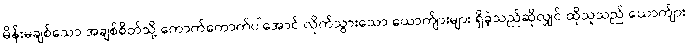
မိန်းမချစ်သော အချစ်စိတ်သို့ ကောက်ကောက်ပါအောင် လိုက်သွားသော ယောက်ျားများ ရှိခဲ့သည်ဆိုလျှင် ထိုသူသည် ယောက်ျား